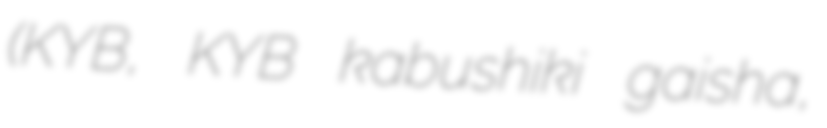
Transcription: (KYB株式会社, KYB kabushiki gaisha,